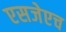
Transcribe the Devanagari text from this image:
एसजेएच